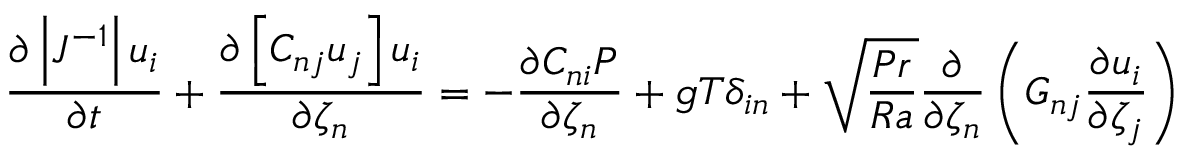
\frac { \partial \left| J ^ { - 1 } \right| u _ { i } } { \partial t } + \frac { \partial \left[ C _ { n j } u _ { j } \right] u _ { i } } { \partial \zeta _ { n } } = - \frac { \partial C _ { n i } P } { \partial \zeta _ { n } } + g T \delta _ { i n } + \sqrt { \frac { P r } { R a } } \frac { \partial } { \partial \zeta _ { n } } \left( G _ { n j } \frac { \partial u _ { i } } { \partial \zeta _ { j } } \right)